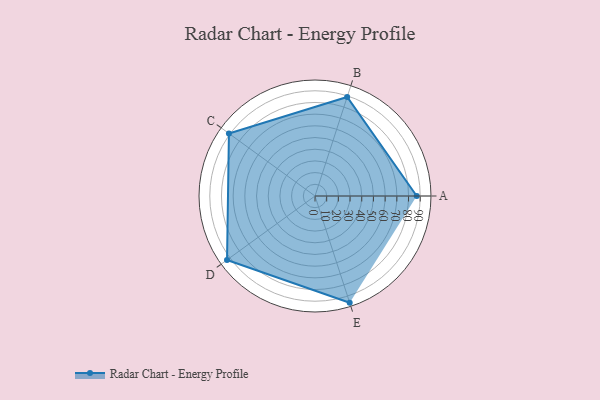
{"axis": {"x": "Skill", "y": "Score"}, "legend": ["Profile"], "data": [{"x": "A", "y": 87.0, "type": "Profile"}, {"x": "B", "y": 89.0, "type": "Profile"}, {"x": "C", "y": 91.0, "type": "Profile"}, {"x": "D", "y": 93.0, "type": "Profile"}, {"x": "E", "y": 96.0, "type": "Profile"}]}